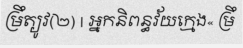
ម្រឹត្យូវ(២) | អ្នកនិពន្ធវ័យក្មេង« ម្រឹ